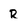
Character: R